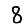
Digit: 8